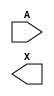
module sky130_fd_sc_lp__dlybuf4s25kapwr (
    //# {{data|Data Signals}}
    input  A,
    output X
);

    // Voltage supply signals
    supply1 VPWR ;
    supply0 VGND ;
    supply1 KAPWR;
    supply1 VPB  ;
    supply0 VNB  ;

endmodule